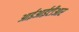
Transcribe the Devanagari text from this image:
आईआईटीआर